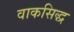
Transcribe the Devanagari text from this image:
वाकसिद्ध